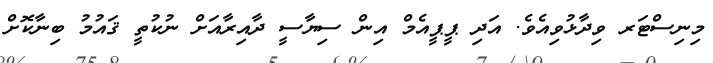
މިނިސްޓަރ ވިދާޅުވިއެވެ. އަދި ޕީޕީއެމް އިން ސިޔާސީ ދާއިރާއަށް ނުކުތީ ޤައުމު ބިނާކޮށް